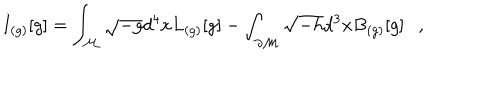
I _ { ( g ) } [ g ] = \int _ { \cal M } \sqrt { - g } d ^ { 4 } x L _ { ( g ) } [ g ] - \int _ { \partial { \cal M } } \sqrt { - h } d ^ { 3 } x B _ { ( g ) } [ g ] ,